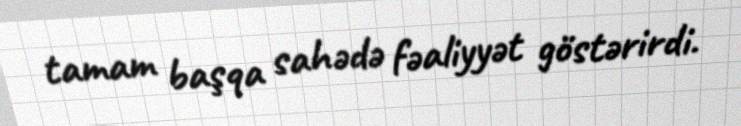
tamam başqa sahədə fəaliyyət göstərirdi.